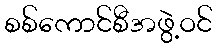
စစ်ကောင်စီအဖွဲ့ဝင်